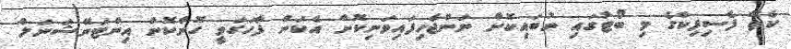
ކެތޭ ފެސިފިކްގެ މި ބޯޓުގައި ނުބައިކޮށް ނަންޖެހިފައިވަނިކޮށް އެކަން ފާހަގަވީ ހޮންކޮން އިންޓަނޭޝަނަލް